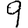
Digit: 9